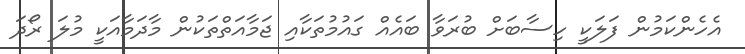
އެހެންކަމުން ފަލަކީ ހިސާބަށް ބުރަވާ ބައެއް ގައުމުތަކާއި ޖަމާއަތްތަކުން މާދަމާއަކީ މުލަ ރޯދަ